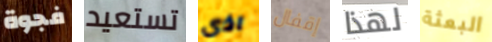
فجوة تستعيد اذى إقفال لهذا البعثة